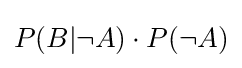
P(B|\neg A)\cdot P(\neg A)